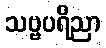
သဗ္ဗပရိညာ